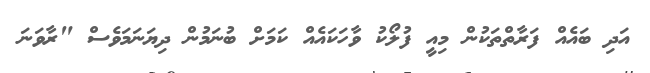
އަދި ބައެއް ފަރާތްތަކުން މިއީ ފުލޯކު ވާހަކައެއް ކަމަށް ބުނަމުން ދިޔަނަމަވެސް "ރާވަނަ